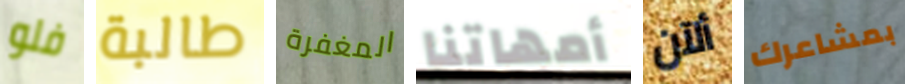
فلو طالبة المغفرة أمهاتنا ألآن بمشاعرك